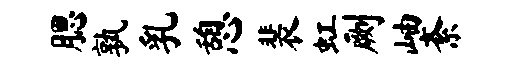
腮孰乳憩裴虹劂岫紊